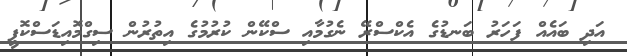
އަދި ބައެއް ފަހަރު ބަނޑުގެ އެކްސްރޭ ނެގުމާއި ސްކޭން ކުރުމުގެ އިތުރުން ސިގްމޮއިޑަސްކޮޕީ